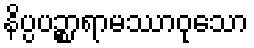
နိပ္ပပဉ္စာရာမဿာဝုသော